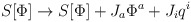
\begin{align*}S[\Phi] \rightarrow S[\Phi] + J_{a}\Phi^a + J_i q^i\end{align*}